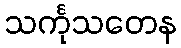
သင်္ကုသတေန